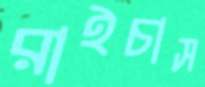
রাইচাস